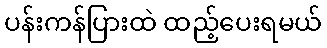
ပန်းကန်ပြားထဲ ထည့်ပေးရမယ်